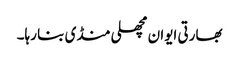
بھارتی ایوان مچھلی منڈی بنا رہا۔